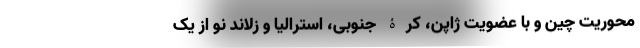
محوریت چین و با عضویتِ ژاپن، کرۀ جنوبی، استرالیا و زلاندِ نو از یک